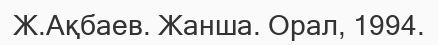
Ж.Ақбаев. Жанша. Орал, 1994.